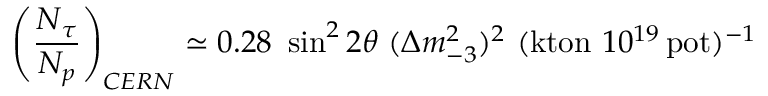
\left( { \frac { N _ { \tau } } { N _ { p } } } \right) _ { C E R N } \simeq 0 . 2 8 ~ \sin ^ { 2 } 2 \theta ~ ( \Delta m _ { - 3 } ^ { 2 } ) ^ { 2 } ~ ( \mathrm { k t o n } ~ 1 0 ^ { 1 9 } \, \mathrm { p o t } ) ^ { - 1 }